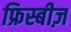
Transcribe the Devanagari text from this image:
फ्रिस्बीज़